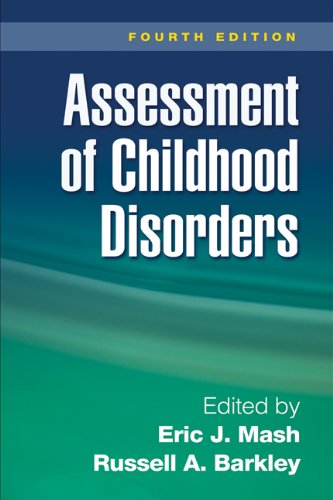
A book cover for Assessment of Childhood Disorders, Fourth Edition; Medical Books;